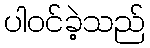
ပါဝင်ခဲ့သည်